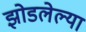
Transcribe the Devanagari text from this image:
झोडलेल्या